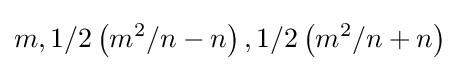
m,1/2\left(m^{2}/n-n\right),1/2\left(m^{2}/n+n\right)